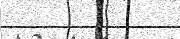
٢٥